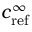
c _ { \mathrm { { r e f } } } ^ { \infty }